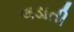
લડાતી